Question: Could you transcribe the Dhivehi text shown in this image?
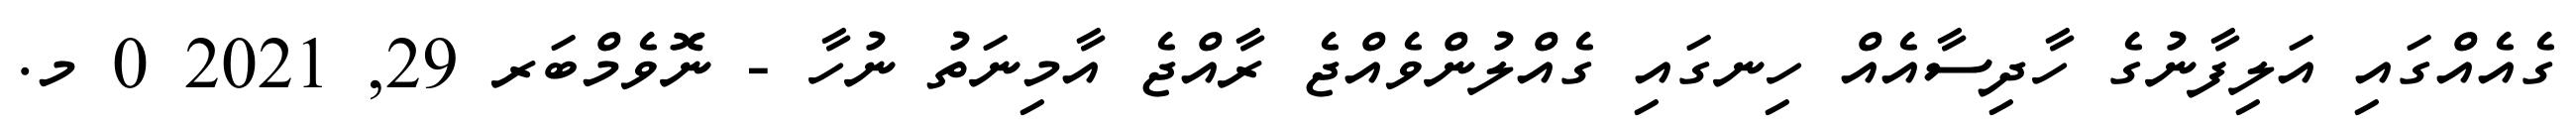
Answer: ގެއެއްގައި އަލިފާނުގެ ހާދިސާއެއް ހިނގައި ގެއްލުންވެއްޖެ ރާއްޖެ އާމިނަތު ނުހާ - ނޮވެމްބަރ 29, 2021 0 މ.